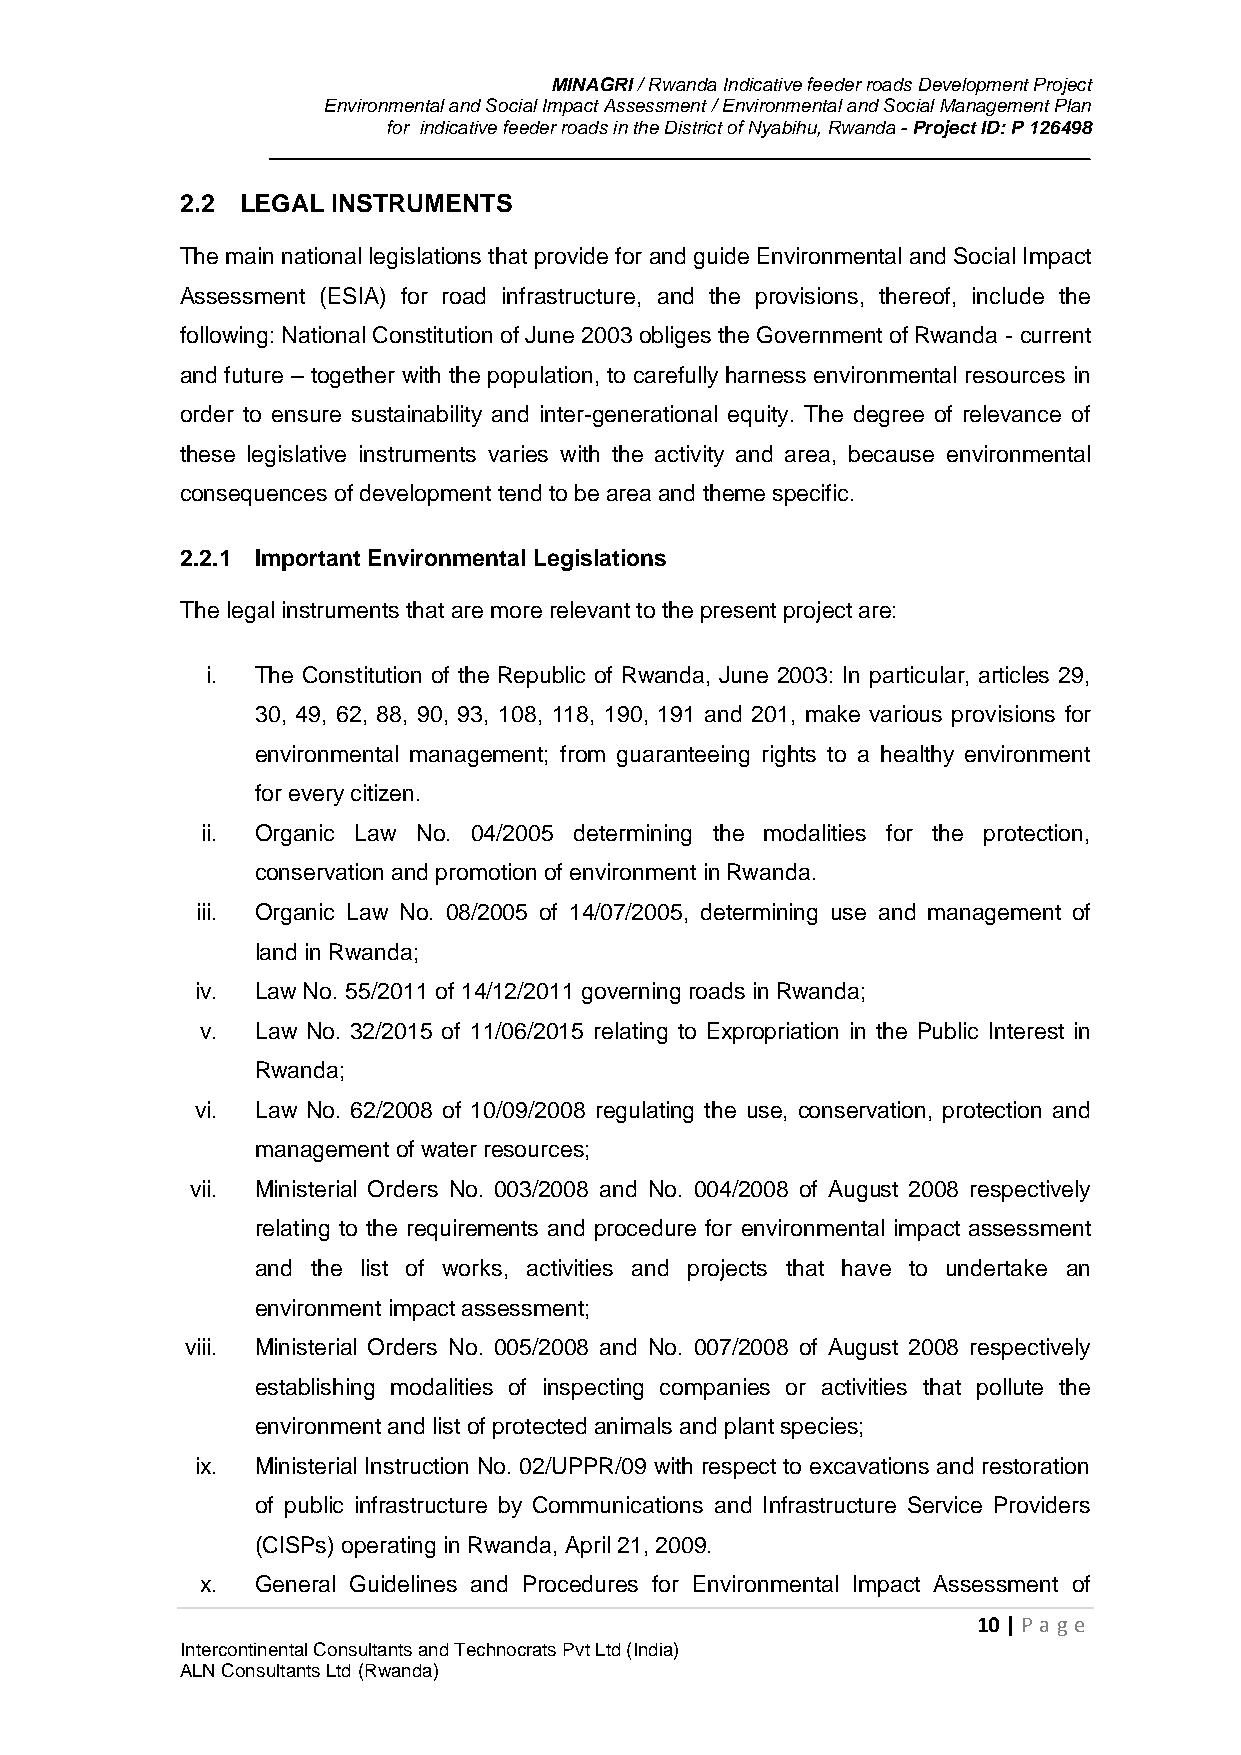
MINAGRI / Rwanda Indicative feeder roads Development Project
 Environmental and Social Impact Assessment / Environmental and Social Management Plan
 for indicative feeder roads in the District of Nyabihu, Rwanda - Project ID: P 126498
 2.2 LEGAL INSTRUMENTS
 The main national legislations that provide for and guide Environmental and Social Impact
 Assessment (ESIA) for road infrastructure, and the provisions, thereof, include the
 following: National Constitution of June 2003 obliges the Government of Rwanda - current
 and future – together with the population, to carefully harness environmental resources in
 order to ensure sustainability and inter-generational equity. The degree of relevance of
 these legislative instruments varies with the activity and area, because environmental
 consequences of development tend to be area and theme specific.
 2.2.1 Important Environmental Legislations
 The legal instruments that are more relevant to the present project are:
 i. The Constitution of the Republic of Rwanda, June 2003: In particular, articles 29,
 30, 49, 62, 88, 90, 93, 108, 118, 190, 191 and 201, make various provisions for
 environmental management; from guaranteeing rights to a healthy environment
 for every citizen.
 ii. Organic Law No. 04/2005 determining the modalities for the protection,
 conservation and promotion of environment in Rwanda.
 iii. Organic Law No. 08/2005 of 14/07/2005, determining use and management of
 land in Rwanda;
 iv. Law No. 55/2011 of 14/12/2011 governing roads in Rwanda;
 v.  Law No. 32/2015 of 11/06/2015 relating to Expropriation in the Public Interest in
 Rwanda;
 vi. Law No. 62/2008 of 10/09/2008 regulating the use, conservation, protection and
 management of water resources;
 vii. Ministerial Orders No. 003/2008 and No. 004/2008 of August 2008 respectively
 relating to the requirements and procedure for environmental impact assessment
 and the list of works, activities and projects that have to undertake an
 environment impact assessment;
 viii. Ministerial Orders No. 005/2008 and No. 007/2008 of August 2008 respectively
 establishing modalities of inspecting companies or activities that pollute the
 environment and list of protected animals and plant species;
 ix. Ministerial Instruction No. 02/UPPR/09 with respect to excavations and restoration
 of public infrastructure by Communications and Infrastructure Service Providers
 (CISPs) operating in Rwanda, April 21, 2009.
 x.  General Guidelines and Procedures for Environmental Impact Assessment of
 10 | P age
 Intercontinental Consultants and Technocrats Pvt Ltd (India)
 ALN Consultants Ltd (Rwanda)